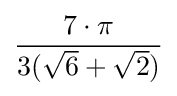
{\frac {7\cdot \pi }{3({\sqrt {6}}+{\sqrt {2}})}}